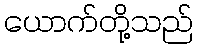
ယောက်တို့သည်